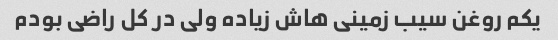
یکم روغن سیب زمینی هاش زیاده ولی در کل راضی بودم